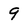
Character: 9